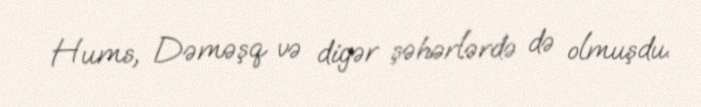
Hums, Dəməşq və digər şəhərlərdə də olmuşdu.